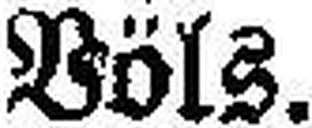
Völs.